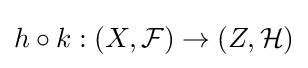
h\circ k:(X,{\mathcal {F}})\to (Z,{\mathcal {H}})